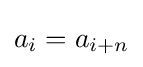
a_{i}=a_{i+n}